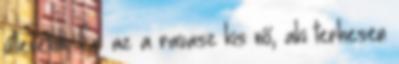
útlevelük. És az a ravasz kis nő, aki terhesen